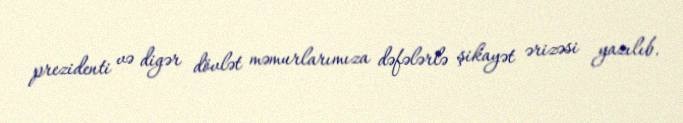
prezidenti və digər dövlət məmurlarımıza dəfələrlə şikayət ərizəsi yazılıb.